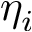
\eta _ { i }